Indian journal of veterinary science and animal husbandry - Volume 7,
Year: 1937
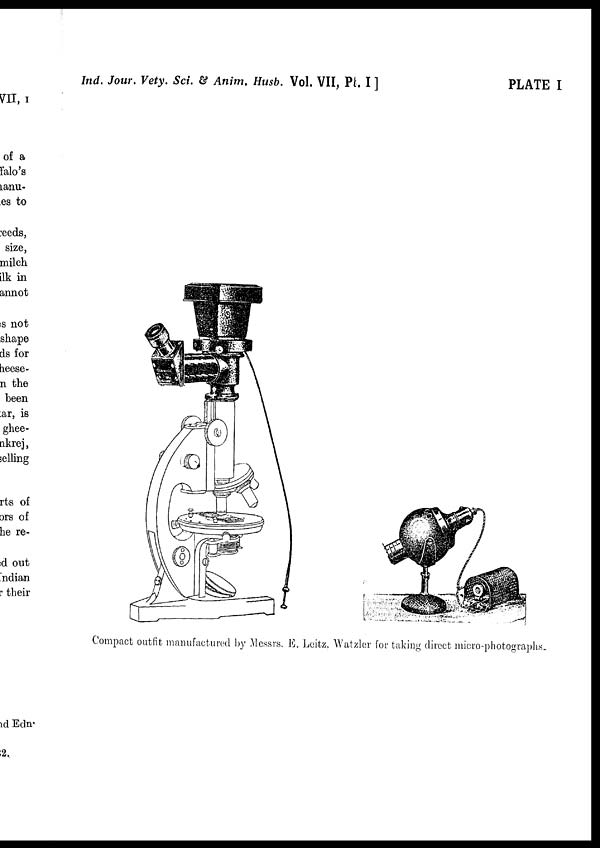
Ind. Jour. Vety. Sci. & Anim. Husb. Vol. VII, Pt. I ]
PLATE I
Compact outfit manufactured by Messrs. E. Leitz, Watzler for taking direct micro-photographs.